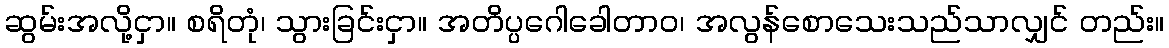
ဆွမ်းအလို့ငှာ။ စရိတုံ၊ သွားခြင်းငှာ။ အတိပ္ပဂေါခေါတာဝ၊ အလွန်စောသေးသည်သာလျှင် တည်း။